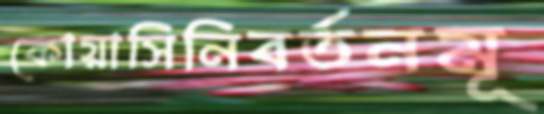
কোয়াসিনিবর্তনমূ